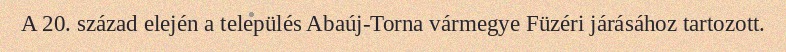
A 20. század elején a település Abaúj-Torna vármegye Füzéri járásához tartozott.